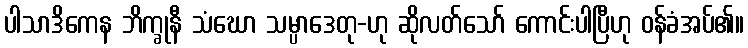
ပါသာဒိကေန ဘိက္ခုနီ သံဃော သမ္ပာဒေတု-ဟု ဆိုလတ်သော် ကောင်းပါပြီဟု ဝန်ခံအပ်၏။